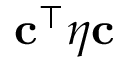
\mathbf { c } ^ { \top } \boldsymbol \eta \mathbf { c }